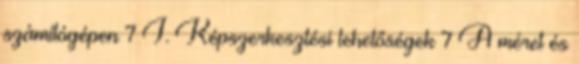
számítógépen 7 I. Képszerkesztési lehetőségek 7 A méret és